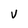
Character: v